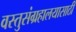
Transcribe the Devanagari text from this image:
वस्तुसंग्रहालयासाठी